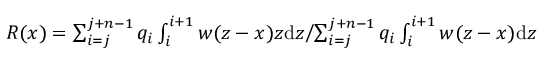
\begin{array} { r } { R ( x ) = \sum _ { i = j } ^ { j + n - 1 } q _ { i } \int _ { i } ^ { i + 1 } w ( z - x ) z \mathrm { d } z \Biggl / \sum _ { i = j } ^ { j + n - 1 } q _ { i } \int _ { i } ^ { i + 1 } w ( z - x ) \mathrm { d } z } \end{array}